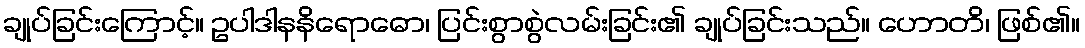
ချုပ်ခြင်းကြောင့်။ ဥပါဒါနနိရောဓော၊ ပြင်းစွာစွဲလမ်းခြင်း၏ ချုပ်ခြင်းသည်။ ဟောတိ၊ ဖြစ်၏။